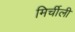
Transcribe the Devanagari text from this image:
मिर्चीली